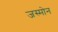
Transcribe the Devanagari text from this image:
जस्मोन